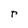
Character: r